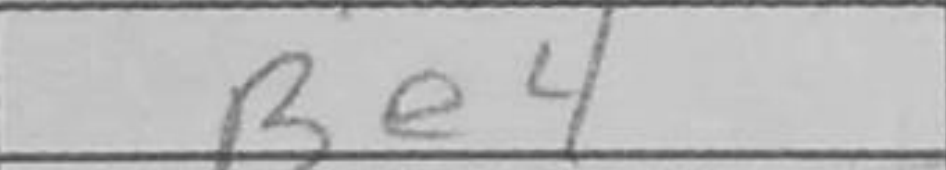
Transcription: Be4